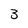
Character: 3